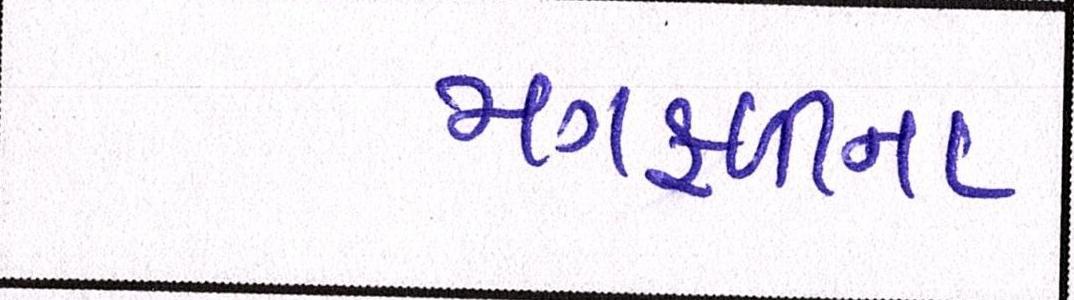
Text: મગફળીના